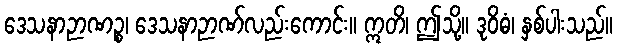
ဒေသနာဉာဏဉ္စ၊ ဒေသနာဉာဏ်လည်းကောင်း။ ဣတိ၊ ဤသို့။ ဒုဝိဓံ၊ နှစ်ပါးသည်။